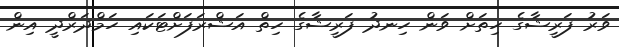
ވަރު ފަރީޝާގެ ހިތަށް ވަން ހިނދު ފަރީޝާގެ ހިތް އަޝްރަފަށްޓަކައި ހަމްދަރްދީ އިން